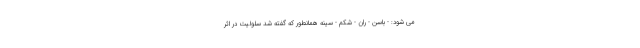
می شود: - باسن - ران - شکم - سینه همانطور که گفته شد سلولیت در اثر